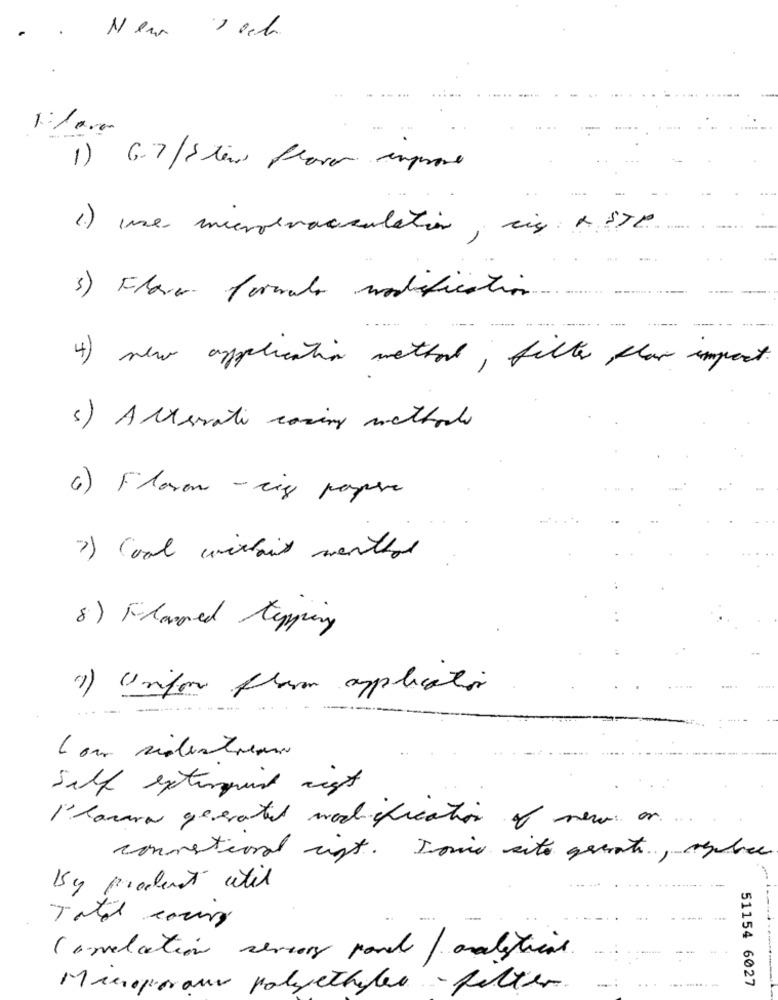
1) 6.7/Slew flower improve
1) une microtracculation, eis o Ste
. .......
3 ) Flower . formule modification
4 ) new application method , filter flow impact.
5) Alterati casing methods
6) Floron - rig papere
7 ) Cool withait menthol
8) Flawed tapping
(1) Uniform flow application
Self exterprint rigt
l'havara geenatil modification of new on
convetional right. Drie site great, nechce
By product util
Total cours
Correlation servery parc / analytical
51154 6027
Manoporou polyethylen .- petter.